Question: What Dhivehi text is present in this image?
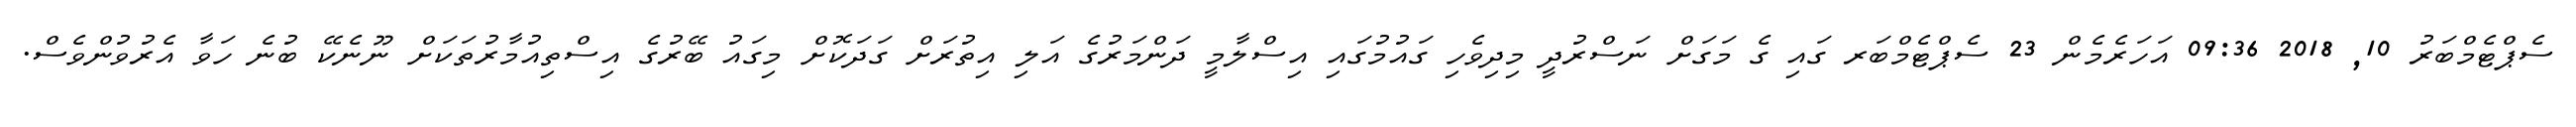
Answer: ސެޕްޓެމްބަރު 10, 2018 09:36 އަހަރެމެން 23 ސެޕްޓެމްބަރ ގައި ގެ މަގަށް ނަސްރުދީ މިދިވެހި ގައުމުގައި އިސްލާމީ ދަންމަރުގެ އަލި އިތުރަށް ގަދަކޮށް މިގައު ބޭރުގެ އިސްތިއުމާރުތަކަށް ނޫނެކޭ ބުނެ ހަވާ އެރުވުންވެސް.